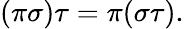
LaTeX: (\pi\sigma)\tau=\pi(\sigma\tau).